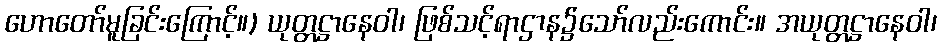
ဟောတော်မူခြင်းကြောင့်။) ယုတ္တဋ္ဌာနေဝါ၊ ဖြစ်သင့်ရာဌာန၌သော်လည်းကောင်း။ အယုတ္တဋ္ဌာနေဝါ၊